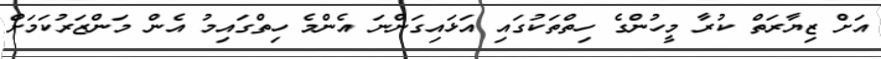
އަށް ޒިޔާރަތް ކުރާ މީހުންގެ ހިތްތަކުގައި އަޅައިގަންނަ އެންމެ ހިތްގައިމު އެން މަންޒަރުކަމަށް